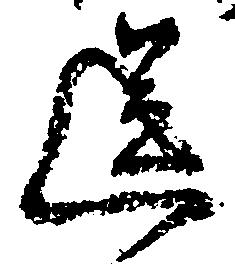
送